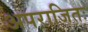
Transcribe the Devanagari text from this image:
अपराजितः